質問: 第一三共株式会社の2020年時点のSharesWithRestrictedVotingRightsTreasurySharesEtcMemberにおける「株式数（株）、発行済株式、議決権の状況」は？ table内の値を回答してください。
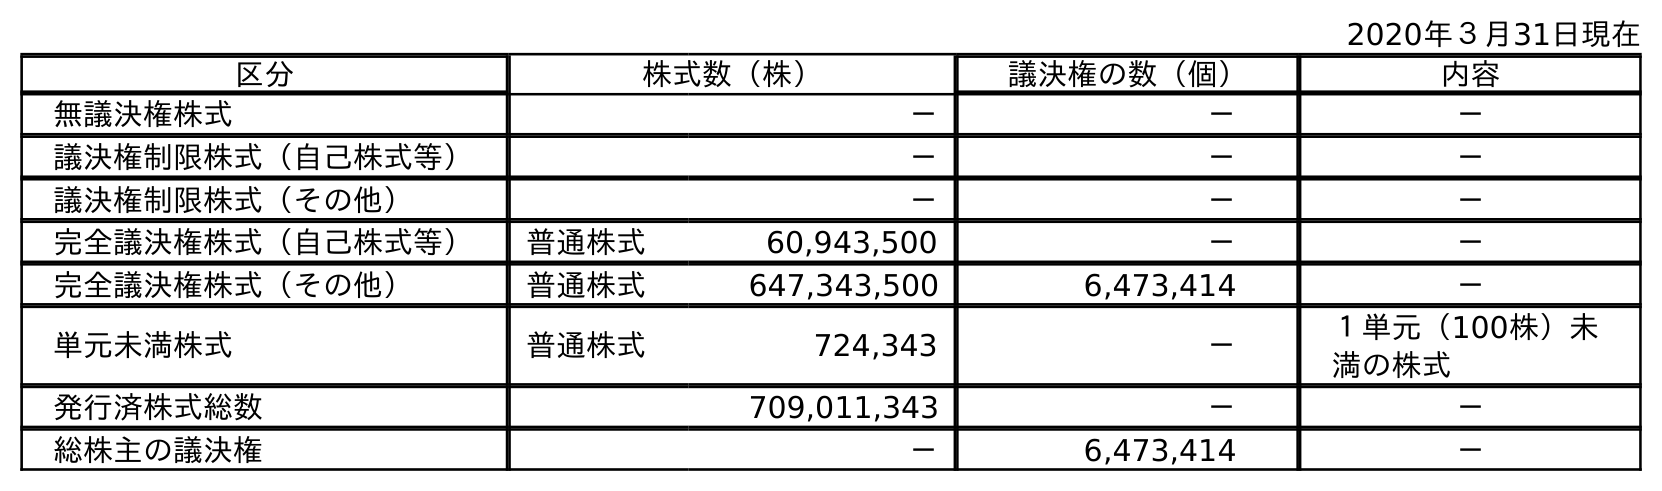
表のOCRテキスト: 2020年３月31日現在 区分 株式数（株） 議決権の数（個） 内容 無議決権株式 － － － 議決権制限株式（自己株式等） － － － 議決権制限株式（その他） － － － 完全議決権株式（自己株式等） 普通株式 60,943,500 － － 完全議決権株式（その他） 普通株式 647,343,500 6,473,414 － 単元未満株式 普通株式 724,343 － １単元（100株）未 満の株式 発行済株式総数 709,011,343 － － 総株主の議決権 － 6,473,414 －
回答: －